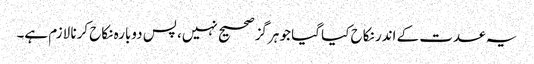
یہ عدت کے اندر نکاح کیا گیا جو ہرگز صحیح نہیں، پس دوبارہ نکاح کرنا لازم ہے۔